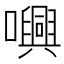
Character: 𡃳